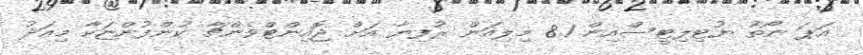
އަޕަ ނޯތު ޔުޓިލިޓީސްއިން 8.1 މިލިއަން ރުފިޔާ އަށް ޖޮއިންޓްވެންޗާ ކުންފުންޏަކާ މިއަދު